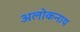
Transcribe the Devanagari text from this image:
अलोकनाथ